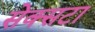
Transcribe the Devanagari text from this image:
सेक्सटा